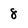
Character: 8